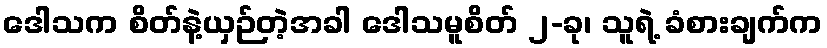
ဒေါသက စိတ်နဲ့ယှဉ်တဲ့အခါ ဒေါသမူစိတ် ၂-ခု၊ သူရဲ့ ခံစားချက်က